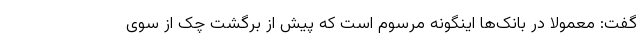
گفت: معمولا در بانک‌ها اینگونه مرسوم است که پیش از برگشت چک از سوی